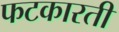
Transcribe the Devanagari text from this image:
फटकारती